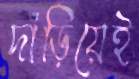
দাঁড়িয়েই